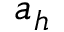
a _ { h }